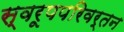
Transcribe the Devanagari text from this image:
स्वरूपपरिवर्तन